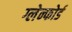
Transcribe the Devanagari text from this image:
ग्लेन्फोर्ड